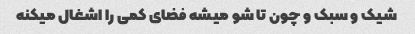
شیک و سبک و چون تا شو میشه فضای کمی را اشغال میکنه